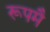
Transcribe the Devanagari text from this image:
रूपमै